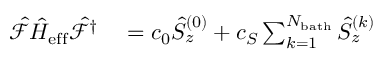
\begin{array} { r l } { \hat { \mathcal { F } } \hat { H } _ { \mathrm { e f f } } \hat { \mathcal { F } } ^ { \dagger } } & { { } = c _ { 0 } \hat { S } _ { z } ^ { ( 0 ) } + c _ { S } \sum _ { k = 1 } ^ { N _ { \mathrm { b a t h } } } \hat { S } _ { z } ^ { ( k ) } } \end{array}